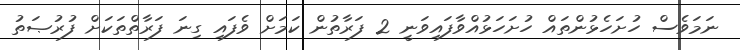
ނަމަވެސް ހުށަހެޅުންތައް ހުށަހަޅުއްވާފައިވަނީ 2 ފަރާތުން ކަމަށް ވެފައި ގިނަ ފަރާތްތަކަށް ފުރުޞަތު